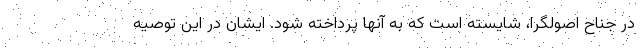
در جناح اصولگرا، شایسته است که به آنها پرداخته شود. ایشان در این توصیه